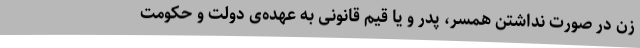
زن در صورت نداشتن همسر، پدر و یا قیم قانونی به عهده‌ی دولت و حکومت